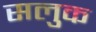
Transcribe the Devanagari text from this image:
सलुक